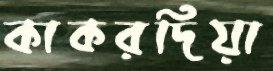
কাকরদিয়া